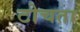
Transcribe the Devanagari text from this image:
टोचता